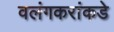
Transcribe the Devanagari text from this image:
वलंगकरांकडे